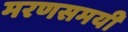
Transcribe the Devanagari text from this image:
मरणसमयी